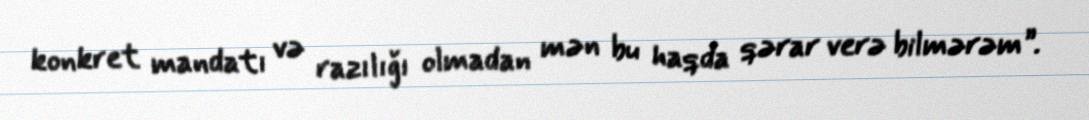
konkret mandatı və razılığı olmadan mən bu haqda qərar verə bilmərəm”.